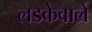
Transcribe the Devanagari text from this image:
लडकेवाले